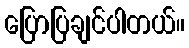
ပြောပြချင်ပါတယ်။